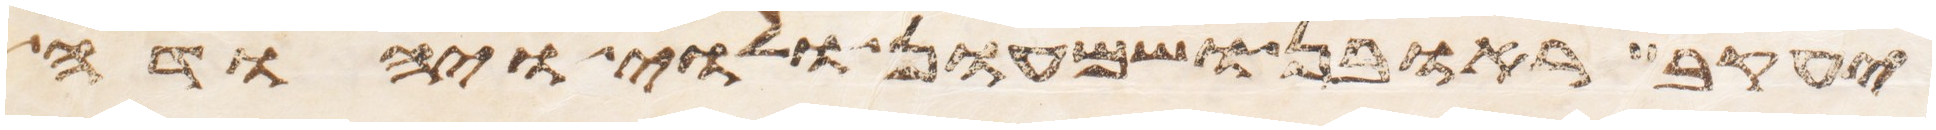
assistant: יעקב ראובן ושמעון ולוי ויהודה